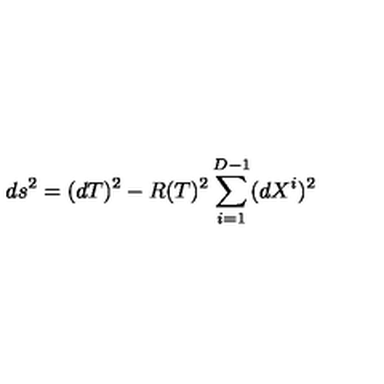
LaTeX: d s ^ { 2 } = ( d T ) ^ { 2 } - R ( T ) ^ { 2 } \sum _ { i = 1 } ^ { D - 1 } ( d X ^ { i } ) ^ { 2 }